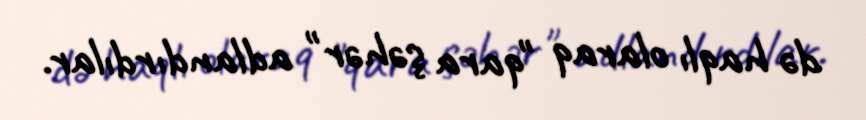
də haqlı olaraq "qara şəhər" adlandırdılar.